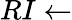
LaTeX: RI\gets